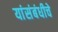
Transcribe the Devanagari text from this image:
यांसंबंधीचे